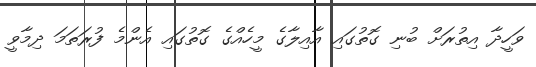
ވަހީދާ އިތުރަށް ބުނި ގޮތުގައި އާއިލާގެ މީހެއްގެ ގޮތުގައި އެންމެ ފުރަތަމަ ދިމާވީ